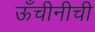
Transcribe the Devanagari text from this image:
ऊँचीनीची